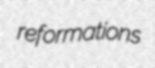
reformations